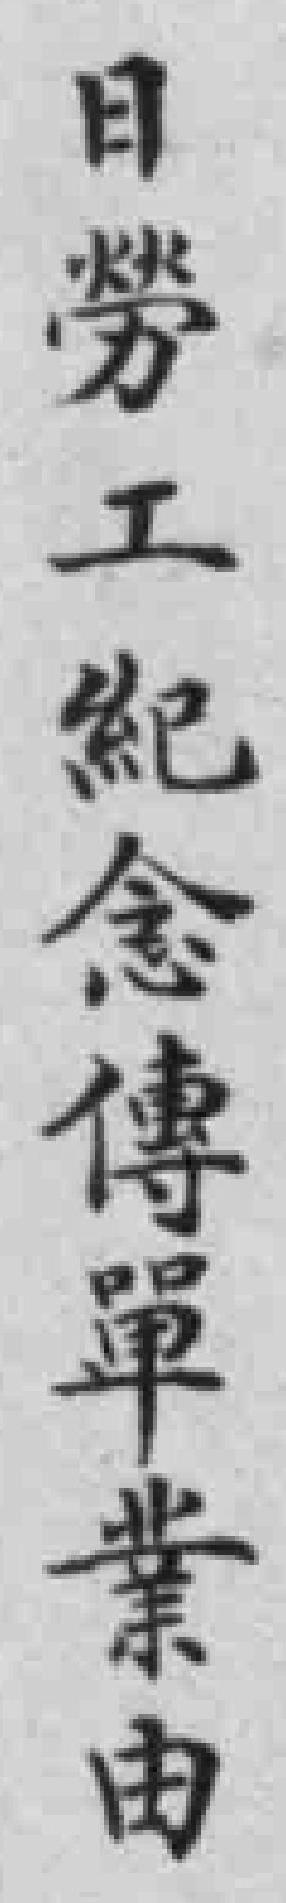
日勞工紀念傳單業由